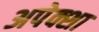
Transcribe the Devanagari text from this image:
अपेक्शा